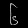
Digit: ၆